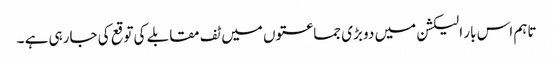
تاہم اس بار الیکشن میں دو بڑی جماعتوں میں ٹف مقابلے کی توقع کی جارہی ہے ۔